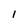
Character: 1